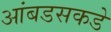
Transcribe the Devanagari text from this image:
आंबडसकडे